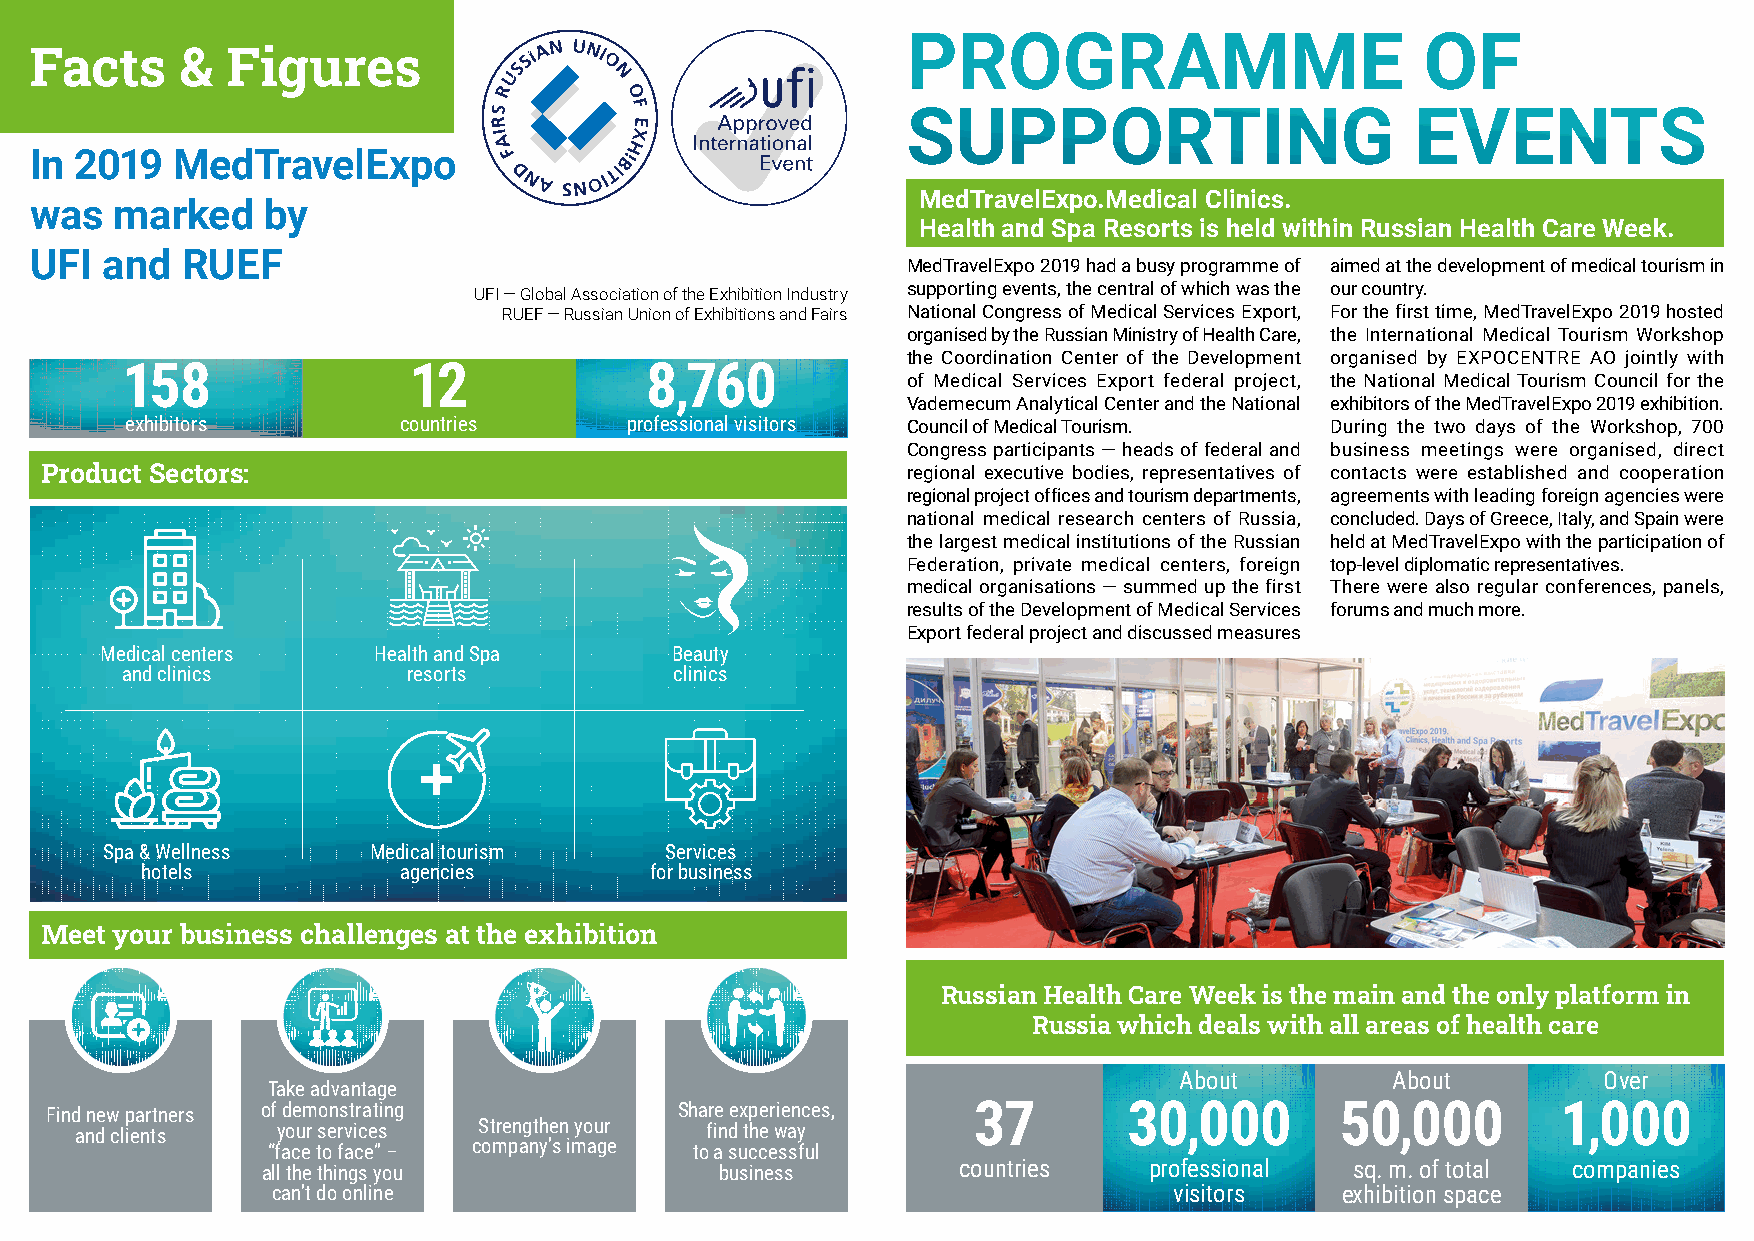
PROGRAMME                         OF
 Facts     &  Figures
 SUPPORTING                        EVENTS
 In 2019   MedTravelExpo
 MedTravelExpo.Medical Clinics.
 was   marked    by
 Health and Spa Resorts is held within Russian Health Care Week.
 UFI  and  RUEF
 MedTravelExpo 2019 had a busy programme of aimed at the development of medical tourism in
 UFI — Global Association of the Exhibition Industry supporting events, the central of which was the our country.
 RUEF — Russian Union of Exhibitions and Fairs National Congress of Medical Services Export, For the first time, MedTravelExpo 2019 hosted
 organised by the Russian Ministry of Health Care, the International Medical Tourism Workshop
 the Coordination Center of the Development organised by EXPOCENTRE AO jointly with
 158                12              8,760
 of Medical Services Export federal project, the National Medical Tourism Council for the
 Vademecum Analytical Center and the National exhibitors of the MedTravelExpo 2019 exhibition.
 exhibitors        countries      professional visitors Council of Medical Tourism. During the two days of the Workshop, 700
 Congress participants — heads of federal and business meetings were organised, direct
 Product Sectors:                                         regional executive bodies, representatives of contacts were established and cooperation
 regional project offices and tourism departments, agreements with leading foreign agencies were
 national medical research centers of Russia, concluded. Days of Greece, Italy, and Spain were
 the largest medical institutions of the Russian held at MedTravelExpo with the participation of
 Federation, private medical centers, foreign top-level diplomatic representatives.
 medical organisations — summed up the first There were also regular conferences, panels,
 results of the Development of Medical Services forums and much more.
 Export federal project and discussed measures
 Medical centers   Health and Spa     Beauty
 and clinics        resorts           clinics
 Spa & Wellness   Medical tourism     Services
 hotels           agencies         for business
 Meet your business challenges at the exhibition
 Russian Health Care Week is the main and the only platform in
 Russia which deals with all areas of health care
 About         About         Over
 Take advantage
 Find new partners of demonstrating        Share experiences, 37         30,000        50,000        1,000
 and clients  your services Strengthen your find the way
 “face to face” – company’s image to a successful
 all the things you             business       countries    professional  sq. m. of total companies
 can’t do online                                             visitors   exhibition space